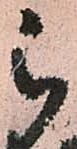
被